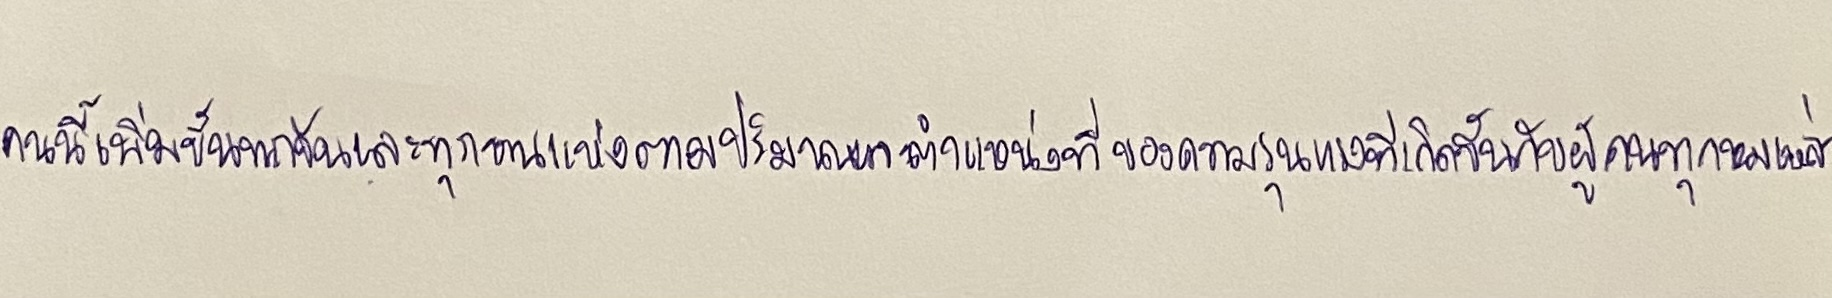
คนนี้เพิ่มขึ้นทุกวันและทุกหนแห่งตามปริมาณและตำแหน่งแห่งที่ของความรุนแรงที่เกิดขึ้นกับผู้คนทุกหมู่เหล่า